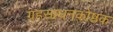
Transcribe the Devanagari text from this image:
ग्रहसाधनकोष्ठक